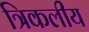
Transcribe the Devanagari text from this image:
त्रिकलीय